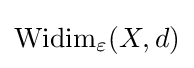
\textstyle \operatorname {Widim} _{\varepsilon }(X,d)